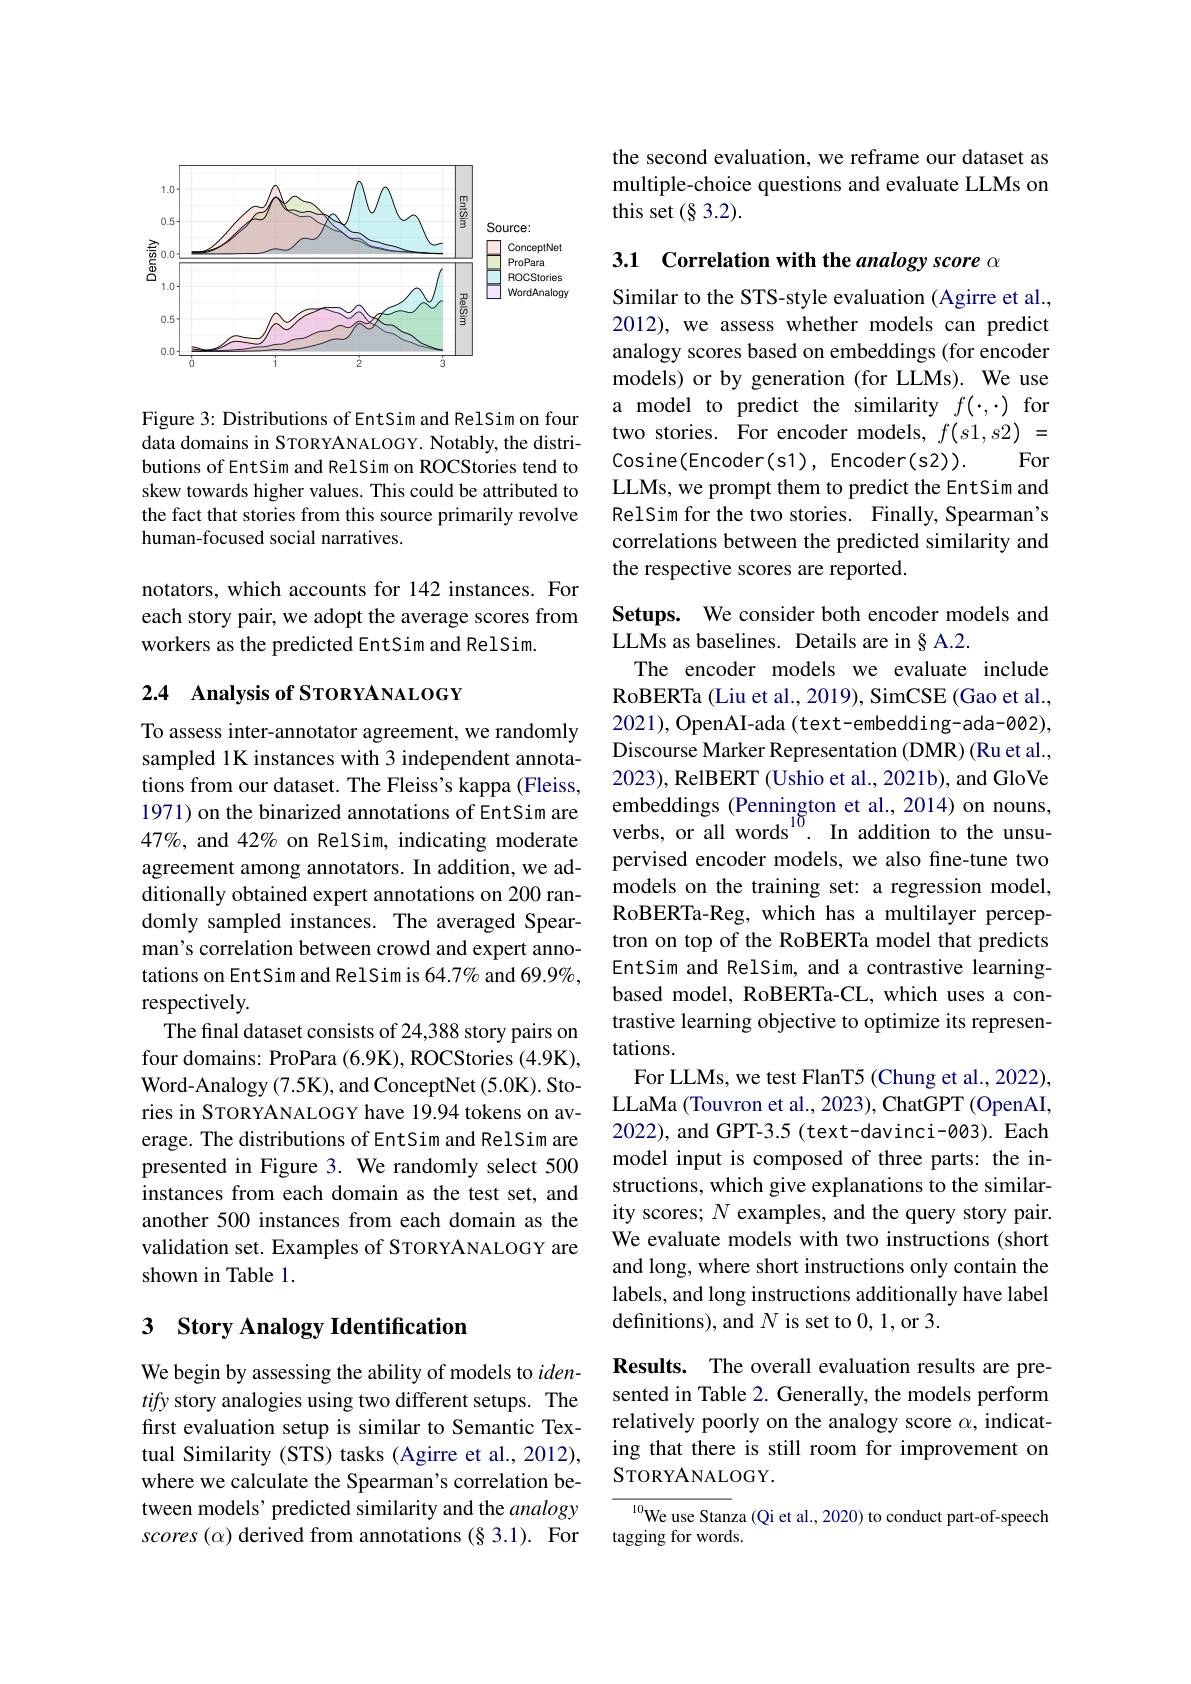
<FigureHere>

Figure 3: Distributions of EntSim and RelSim on four data domains in STORYANALOGY. Notably, the distributions of EntSim and RelSim on ROCStories tend to skew towards higher values. This could be attributed to the fact that stories from this source primarily revolve human-focused social narratives.

notators, which accounts for 142 instances. For each story pair, we adopt the average scores from workers as the predicted EntSim and RelSim.

## 2.4 Analysis of SroRYANALOGY

To assess inter-annotator agreement, we randomly sampled 1K instances with 3 independent annotations from our dataset. The Fleiss's kappa (Fleiss, 1971) on the binarized annotations of EntSim are 47%, and 42% on RelSim, indicating moderate agreement among annotators. In addition, we additionally obtained expert annotations on 200 randomly sampled instances. The averaged Spearman's correlation between crowd and expert annotations on EntSim and RelSim is 64.7% and 69.9%, respectively.
The final dataset consists of 24,388 story pairs on four domains: ProPara (6.9K), ROCStories (4.9K), Word-Analogy (7.5K), and ConceptNet (5.0K). Stories in STORYANALOGY have 19.94 tokens on average. The distributions of EntSim and RelSim are presented in Figure 3. We randomly select 500 instances from each domain as the test set, and another 500 instances from each domain as the validation set. Examples of STORYANALOGY are shown in Table 1

## 3 $\textbf{Story Analogy Identification}$

We begin by assessing the ability of models to $iden-$ tify story analogies using two different setups. The first evaluation setup is similar to Semantic Textual Similarity (STS) tasks (Agirre et al., 2012), where we calculate the Spearman's correlation between models’ predicted similarity and the analogy $scores(\alpha)$ derived from annotations (§3.1). For

the second evaluation, we reframe our dataset as multiple-choice questions and evaluate LLMs on this set $(\S3.2).$

3.1 Correlation with the analogy score $\alpha$

Similar to the STS-style evaluation (Agirre et al., 2012), we assess whether models can predict analogy scores based on embeddings (for encoder models) or by generation (for LLMs). We use a model to predict the similarity $f(\cdot,\cdot)$ for two stories. For encoder models, $f(s1,s2)=$
For
Cosine(Encoder(s1), Encoder(s2)).
LLMs, we prompt them to predict the EntSim and RelSim for the two stories. Finally, Spearman's correlations between the predicted similarity and the respective scores are reported.

Setups. We consider both encoder models and
LLMs as baselines. Details are in§ A.2.
The encoder models we evaluate include RoBERTa (Liu et al., 2019), SimCSE (Gao et al., 2021), OpenAI-ada ( text-embedding-ada-002), Discourse Marker Representation (DMR) (Ru et al. 2023), RelBERT (Ushio et al., 2021b), and GloVe $\begin{array}{l}\mathrm{embeddings~(Pennington~et~al.,~2014)~on~nouns,}\\\mathrm{verbs,~or~all~words^{10}.~In~addition~to~the~unsu-}\end{array}$ pervised encoder models, we also fine-tune two models on the training set: a regression model, RoBERTa-Reg, which has a multilayer perceptron on top of the RoBERTa model that predicts EntSim and RelSim, and a contrastive learningbased model, RoBERTa-CL, which uses a contrastive learning objective to optimize its representations.
For LLMs, we test FlanT5 (Chung et al., 2022), LLaMa (Touvron et al., 2023), ChatGPT (OpenAI, 2022), and GPT-3.5 (text-davinci-003). Each model input is composed of three parts: the instructions, which give explanations to the similarity scores; $N$ examples, and the query story pair. We evaluate models with two instructions (short and long, where short instructions only contain the labels, and long instructions additionally have label definitions), and $N$ is set to 0, 1, or 3.
Results. The overall evaluation results are pre-

sented in Table 2. Generally, the models perform relatively poorly on the analogy score $\alpha$, indicating that there is still room for improvement on STORYANALOGY.

$^{10}$We use Stanza (Qi et al., 2020) to conduct part-of-speech
tagging for words.